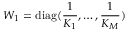
W _ { 1 } = \mathrm { d i a g } ( \frac { 1 } { K _ { 1 } } , \dots , \frac { 1 } { K _ { M } } )